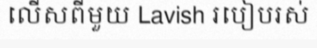
លើសពីមួយ Lavish របៀបរស់